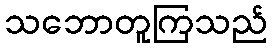
သဘောတူကြသည်